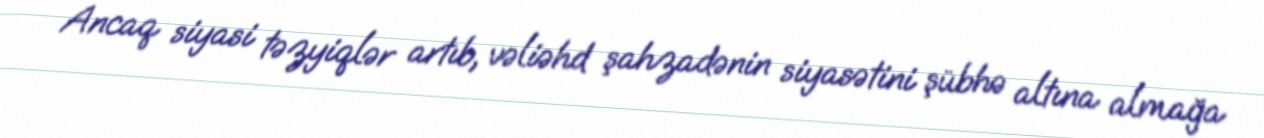
Ancaq siyasi təzyiqlər artıb, vəliəhd şahzadənin siyasətini şübhə altına almağa